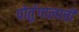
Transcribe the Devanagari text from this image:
पोर्तुगालाची